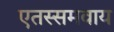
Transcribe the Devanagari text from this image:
एतस्समवाय